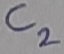
Text: C2